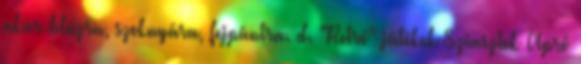
akár blúzra, szoknyára, fejpántra. d. "Retró" játékok Sziasztok Apró